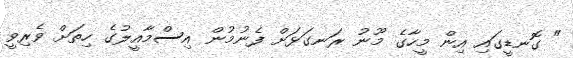
" ގޮނޑީގައި އިން މީހާގެ މޫނު ރަނގަޅަށް ފެނުމުން އިސްމާއީލުގެ ހިތަށް ވެރިވީ